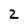
Character: 2